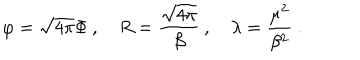
\varphi = \sqrt { 4 \pi } \Phi \: , \quad R = \displaystyle \frac { \sqrt { 4 \pi } } { \beta } \: , \quad \lambda = \displaystyle \frac { \mu ^ { 2 } } { \beta ^ { 2 } } \: .